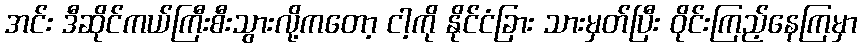
အင်း ဒီဆိုင်ကယ်ကြီးစီးသွားလို့ကတော့ ငါ့ကို နိုင်ငံခြား သားမှတ်ပြီး ဝိုင်းကြည့်နေကြမှာ